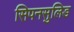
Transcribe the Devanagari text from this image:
सिपनसुलिड